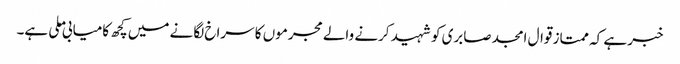
خبر ہے کہ ممتاز قوال امجد صابری کو شہید کرنے والے مجرموں کا سراخ لگانے میں کچھ کامیابی ملی ہے۔